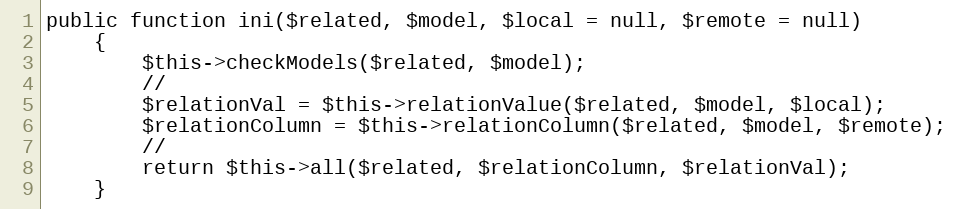
Language: PHP
public function ini($related, $model, $local = null, $remote = null)
    {
        $this->checkModels($related, $model);
        //
        $relationVal = $this->relationValue($related, $model, $local);
        $relationColumn = $this->relationColumn($related, $model, $remote);
        //
        return $this->all($related, $relationColumn, $relationVal);
    }